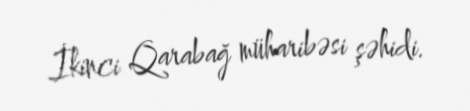
İkinci Qarabağ müharibəsi şəhidi.